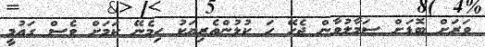
ވަރަށް ބޮޑަށް ސަމާލުވާން ޖެހޭ ހަ ކުޅުންތެރިޔަކު ހިމެނޭ ކަމަށް ވެސް ގައުމީ